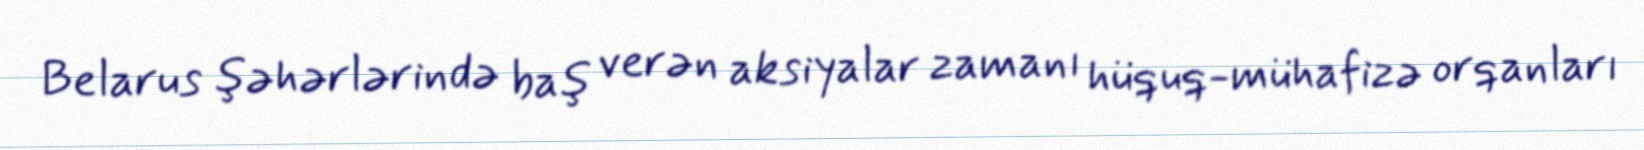
Belarus şəhərlərində baş verən aksiyalar zamanı hüquq-mühafizə orqanları